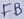
Text: FB